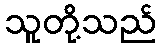
သူတို့သည်